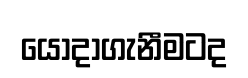
යොදාගැනීමටද